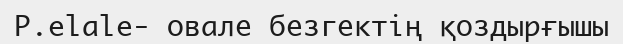
P.elale- овале безгектің қоздырғышы